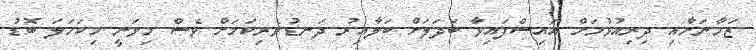
ޒަމާނަށާއި ދިރިއުޅުމަށް އައިސްފައިވާ ބަދަލަށް ބަލާއިރު ދަނޑުވެރިކަމަށް ވެސް މިވަނީ މިކަހަލަ ބޮޑު